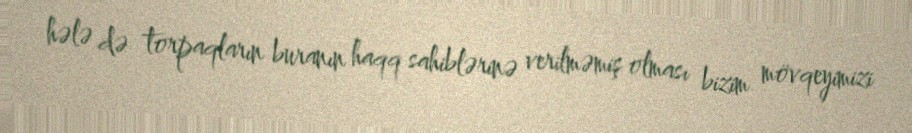
hələ də torpaqların buranın haqq sahiblərinə verilməmiş olması bizim mövqeyimizi